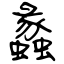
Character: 蠡